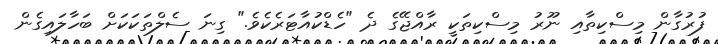
ފުރުގާން މިސްކިތާއި ނޫރު މިސްކިތަކީ ރާއްޖޭގެ ދެ "ހެޑްކުއާޓަރެކެވެ." ގިނަ ސެލްތަކަކަށް ބަހާލައިގެން